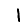
Digit: 1